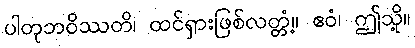
ပါတုဘဝိဿတိ၊ ထင်ရှားဖြစ်လတ္တံ့။ ဧဝံ၊ ဤသို့။